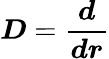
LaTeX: \boldsymbol{D}=\boldsymbol{\frac{d}{dr}}